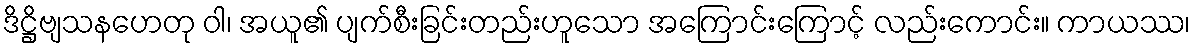
ဒိဋ္ဌိဗျသနဟေတု ဝါ၊ အယူ၏ ပျက်စီးခြင်းတည်းဟူသော အကြောင်းကြောင့် လည်းကောင်း။ ကာယဿ၊